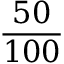
\frac { 5 0 } { 1 0 0 }